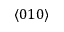
\langle 0 1 0 \rangle